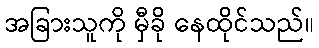
အခြားသူကို မှီခို နေထိုင်သည်။